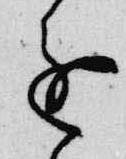
進